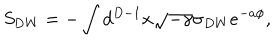
S _ { \mathrm { D W } } = - \int d ^ { D - 1 } x \sqrt { - \gamma } \sigma _ { D W } e ^ { - a \phi } ,